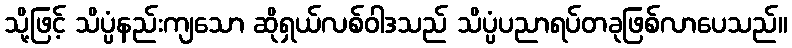
သို့ဖြင့် သိပ္ပံနည်းကျသော ဆိုရှယ်လစ်ဝါဒသည် သိပ္ပံပညာရပ်တခုဖြစ်လာပေသည်။